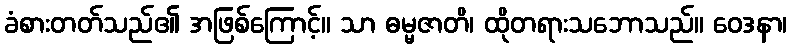
ခံစားတတ်သည်၏ အဖြစ်ကြောင့်။ သာ ဓမ္မဇာတိ၊ ထိုတရားသဘောသည်။ ဝေဒနာ၊